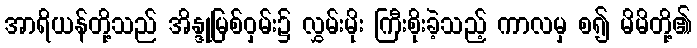
အာရိယန်တို့သည် အိန္ဒုမြစ်ဝှမ်း၌ လွှမ်းမိုး ကြီးစိုးခဲ့သည့် ကာလမှ စ၍ မိမိတို့၏